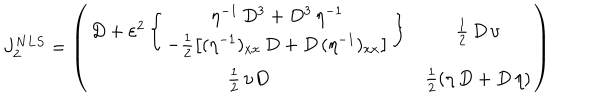
J _ { 2 } ^ { N L S } = \left( \begin{array} { c c } { { D + \varepsilon ^ { 2 } \left\{ \begin{array} { c } { { \eta ^ { - 1 } \, D ^ { 3 } + D ^ { 3 } \, \eta ^ { - 1 } } } \\ { { - \frac { 1 } { 2 } \left[ ( \eta ^ { - 1 } ) _ { x x } \, D + D \, ( \eta ^ { - 1 } ) _ { x x } \right] } } \\ \end{array} \right\} } } & { { \frac { 1 } { 2 } \, D \, \upsilon } } \\ { { \frac { 1 } { 2 } \, \upsilon D } } & { { \frac { 1 } { 2 } ( \eta \, D + D \, \eta ) } } \\ \end{array} \right)